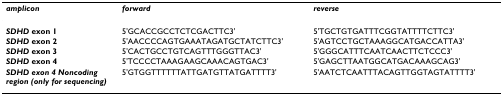
<table><thead><tr><td><b><i>amplicon</i></b></td><td><b><i>forward</i></b></td><td><b><i>reverse</i></b></td></tr></thead><tbody><tr><td><b><i>SDHD </i>exon 1</b></td><td>5&#x27;GCACCGCCTCTCGACTTC3&#x27;</td><td>5&#x27;TGCTGTGATTTCGGTATTTTCTTC3&#x27;</td></tr><tr><td><b><i>SDHD </i>exon 2</b></td><td>5&#x27;AACCCCAGTGAAATAGATGCTATCTTC3&#x27;</td><td>5&#x27;AGTCCTGCTAAAGGCATGACCATTA3&#x27;</td></tr><tr><td><b><i>SDHD </i>exon 3</b></td><td>5&#x27;CACTGCCTGTCAGTTTGGGTTAC3&#x27;</td><td>5&#x27;GGGCATTTCAATCAACTTCTCCC3&#x27;</td></tr><tr><td><b><i>SDHD </i>exon 4</b></td><td>5&#x27;TCCCCTAAAGAAGCAAACAGTGAC3&#x27;</td><td>5&#x27;GAGCTTAATGGCATGACAAAGCAG3&#x27;</td></tr><tr><td><b><i>SDHD exon 4 Noncoding region (only for sequencing)</i></b></td><td>5&#x27;GTGGTTTTTTATTGATGTTATGATTTT3&#x27;</td><td>5&#x27;AATCTCAATTTACAGTTGGTAGTATTTT3&#x27;</td></tr></tbody></table>